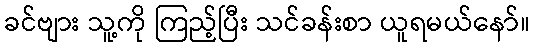
ခင်ဗျား သူ့ကို ကြည့်ပြီး သင်ခန်းစာ ယူရမယ်နော်။